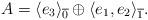
LaTeX: \begin{align*} A= \langle e_3 \rangle_{\overline{0}} \oplus \langle e_1, e_2 \rangle_{\overline{1}}. \end{align*}